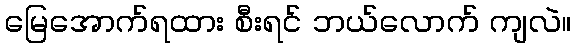
မြေအောက်ရထား စီးရင် ဘယ်လောက် ကျလဲ။